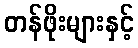
တန်ဖိုးများနှင့်